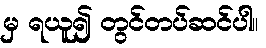
မှ ရယူ၍ တွင်တပ်ဆင်ပါ။